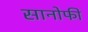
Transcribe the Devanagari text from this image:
सानोफी